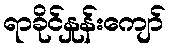
ရာခိုင်နှုန်းကျော်